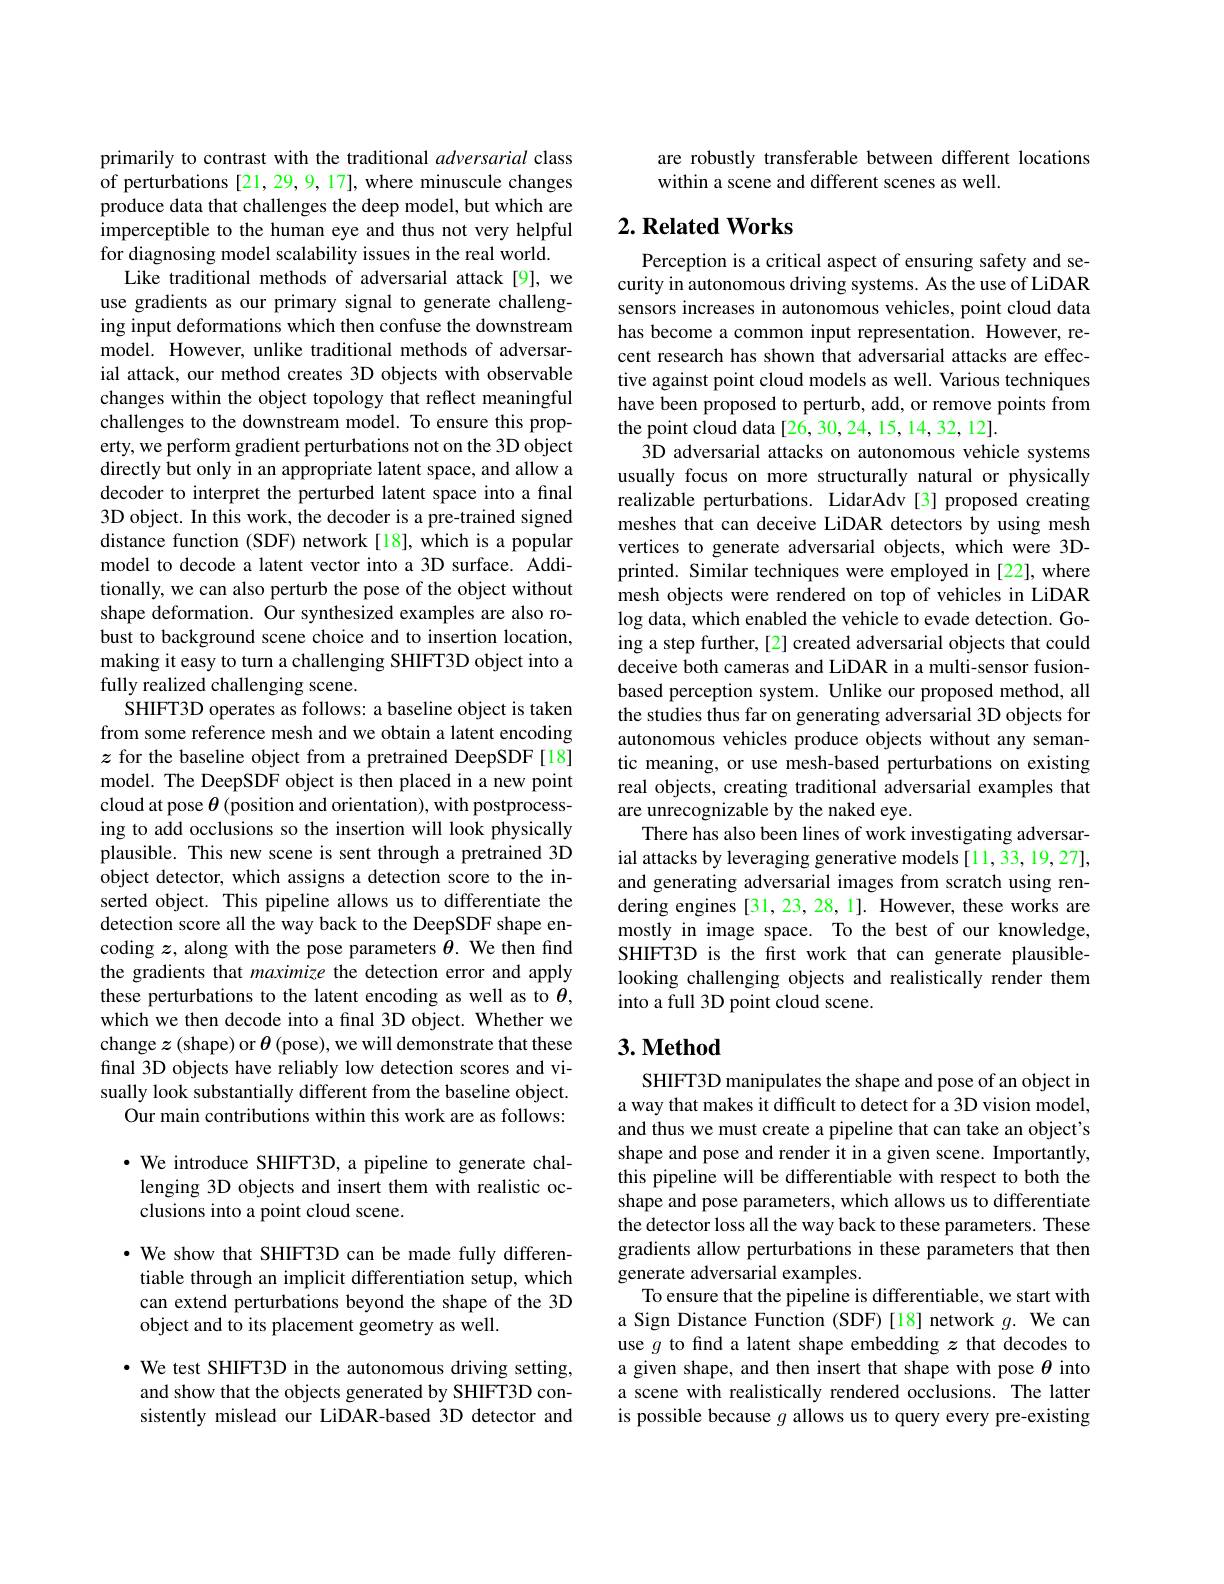
primarily to contrast with the traditional adversarial class of perturbations [21, 29, 9, 17], where minuscule changes produce data that challenges the deep model, but which are imperceptible to the human eye and thus not very helpful for diagnosing model scalability issues in the real world.
Like traditional methods of adversarial attack[9], we use gradients as our primary signal to generate challenging input deformations which then confuse the downstream model. However, unlike traditional methods of adversarial attack, our method creates 3D objects with observable changes within the object topology that reflect meaningful challenges to the downstream model. To ensure this property, we perform gradient perturbations not on the 3D object directly but only in an appropriate latent space, and allow a decoder to interpret the perturbed latent space into a final 3D object. In this work, the decoder is a pre-trained signed distance function (SDF) network [18], which is a popular model to decode a latent vector into a 3D surface. Additionally, we can also perturb the pose of the object without shape deformation. Our synthesized examples are also robust to background scene choice and to insertion location, making it easy to turn a challenging SHIFT3D object into a fully realized challenging scene.
SHIFT3D operates as follows: a baseline object is taken from some reference mesh and we obtain a latent encoding $z$ for the baseline object from a pretrained DeepSDF[18] model. The DeepSDF object is then placed in a new point cloud at pose $\theta$ (position and orientation), with postprocessing to add occlusions so the insertion will look physically plausible. This new scene is sent through a pretrained 3D object detector, which assigns a detection score to the inserted object. This pipeline allows us to differentiate the detection score all the way back to the DeepSDF shape encoding $z$, along with the pose parameters $\theta.$ We then find the gradients that maximize the detection error and apply these perturbations to the latent encoding as well as to $\theta$, which we then decode into a final 3D object. Whether we change $z$ (shape) or $\theta$ (pose), we will demonstrate that these final 3D objects have reliably low detection scores and visually look substantially different from the baseline object.
Our main contributions within this work are as follows: $\cdot$ We introduce SHIFT3D, a pipeline to generate chal-
lenging 3D objects and insert them with realistic oc-
clusions into a point cloud scene.

· We show that SHIFT3D can be made fully differen-
tiable through an implicit differentiation setup, which can extend perturbations beyond the shape of the 3D object and to its placement geometry as well.

$\bullet$ We test SHIFT3D in the autonomous driving setting, and show that the objects generated by SHIFT3D consistently mislead our LiDAR-based 3D detector and

are robustly transferable between different locations
within a scene and different scenes as well.

## $2. \textbf{ Related Works}$

Perception is a critical aspect of ensuring safety and security in autonomous driving systems. As the use of LiDAR sensors increases in autonomous vehicles, point cloud data has become a common input representation. However, recent research has shown that adversarial attacks are effective against point cloud models as well. Various techniques have been proposed to perturb, add, or remove points from the point cloud data[26, 30, 24, 15, 14, 32, 12].
3D adversarial attacks on autonomous vehicle systems usually focus on more structurally natural or physically realizable perturbations. LidarAdv[3] proposed creating meshes that can deceive LiDAR detectors by using mesh vertices to generate adversarial objects, which were 3Dprinted. Similar techniques were employed in [22], where mesh objects were rendered on top of vehicles in LiDAR $\log$ data, which enabled the vehicle to evade detection. Going a step further,[2] created adversarial objects that could deceive both cameras and LiDAR in a multi-sensor fusionbased perception system. Unlike our proposed method, all the studies thus far on generating adversarial 3D objects for autonomous vehicles produce objects without any semantic meaning, or use mesh-based perturbations on existing real objects, creating traditional adversarial examples that are unrecognizable by the naked eye.
There has also been lines of work investigating adversarial attacks by leveraging generative models [11,33,19,27], and generating adversarial images from scratch using rendering engines [31,23,28,1]. However, these works are mostly in image space. To the best of our knowledge, SHIFT3D is the first work that can generate plausiblelooking challenging objects and realistically render them into a full 3D point cloud scene.

## $3. \textbf{Method}$

SHIFT3D manipulates the shape and pose of an object in a way that makes it difficult to detect for a 3D vision model, and thus we must create a pipeline that can take an object's shape and pose and render it in a given scene. Importantly, this pipeline will be differentiable with respect to both the shape and pose parameters, which allows us to differentiate the detector loss all the way back to these parameters. These gradients allow perturbations in these parameters that then generate adversarial examples.
To ensure that the pipeline is differentiable, we start with a Sign Distance Function (SDF)[18] network $g.$ We can use $g$ to find a latent shape embedding $z$ that decodes to a given shape, and then insert that shape with pose $\theta$ into a scene with realistically rendered occlusions. The latter is possible because $g$ allows us to query every pre-existing